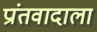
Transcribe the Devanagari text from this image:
प्रांतवादाला